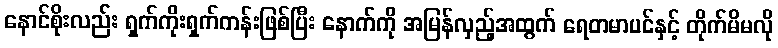
နောင်စိုးလည်း ရှက်ကိုးရှက်ကန်းဖြစ်ပြီး နောက်ကို အမြန်လှည့်အထွက် ရေတမာပင်နှင့် တိုက်မိမလို